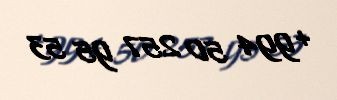
+994 50 257 95 53